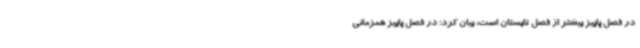
در فصل پاییز بیشتر از فصل تابستان است، بیان کرد: در فصل پاییز همزمانی